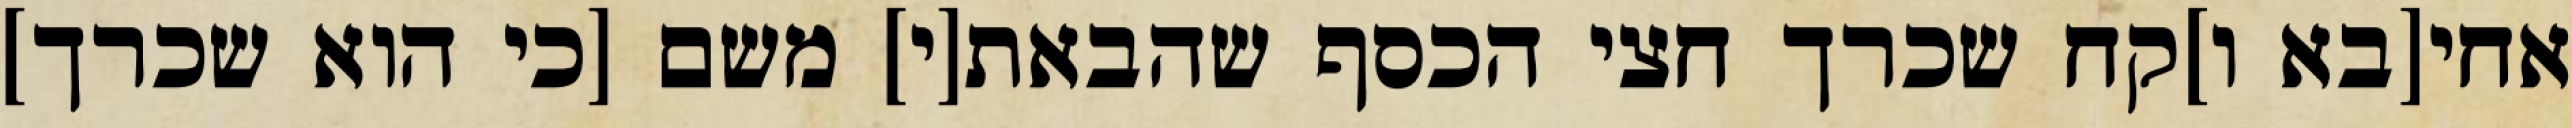
אחי[בא ו]קח שכרך חצי הכסף שהבאת[י] משם [כי הוא שכרך]